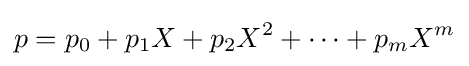
p=p_{0}+p_{1}X+p_{2}X^{2}+\cdots +p_{m}X^{m}